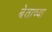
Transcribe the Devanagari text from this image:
बेताच्या